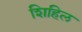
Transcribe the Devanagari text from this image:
शिहिल